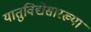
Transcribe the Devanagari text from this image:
यातुविद्येसारख्या